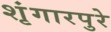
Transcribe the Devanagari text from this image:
शृंगारपुरे